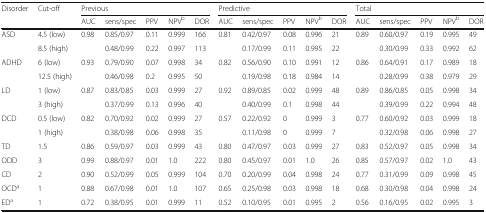
<table><thead><tr><td rowspan="2"><b>Disorder</b></td><td rowspan="2"><b>Cut-off</b></td><td colspan="5"><b>Previous</b></td><td colspan="5"><b>Predictive</b></td><td colspan="5"><b>Total</b></td></tr><tr><td><b>AUC</b></td><td><b>sens/spec</b></td><td><b>PPV</b></td><td><b>NPV<sup>b</sup></b></td><td><b>DOR</b></td><td><b>AUC</b></td><td><b>sens/spec</b></td><td><b>PPV</b></td><td><b>NPV<sup>b</sup></b></td><td><b>DOR</b></td><td><b>AUC</b></td><td><b>sens/spec</b></td><td><b>PPV</b></td><td><b>NPV<sup>b</sup></b></td><td><b>DOR</b></td></tr></thead><tbody><tr><td rowspan="2">ASD</td><td>4.5 (low)</td><td rowspan="2">0.98</td><td>0.85/0.97</td><td>0.11</td><td>0.999</td><td>166</td><td rowspan="2">0.81</td><td>0.42/0.97</td><td>0.08</td><td>0.996</td><td>21</td><td rowspan="2">0.89</td><td>0.60/0.97</td><td>0.19</td><td>0.995</td><td>49</td></tr><tr><td>8.5 (high)</td><td>0.48/0.99</td><td>0.22</td><td>0.997</td><td>113</td><td>0.17/0.99</td><td>0.11</td><td>0.995</td><td>22</td><td>0.30/0.99</td><td>0.33</td><td>0.992</td><td>62</td></tr><tr><td rowspan="2">ADHD</td><td>6 (low)</td><td rowspan="2">0.93</td><td>0.79/0.90</td><td>0.07</td><td>0.998</td><td>34</td><td rowspan="2">0.82</td><td>0.56/0.90</td><td>0.10</td><td>0.991</td><td>12</td><td rowspan="2">0.86</td><td>0.64/0.91</td><td>0.17</td><td>0.989</td><td>18</td></tr><tr><td>12.5 (high)</td><td>0.46/0.98</td><td>0.2</td><td>0.995</td><td>50</td><td>0.19/0.98</td><td>0.18</td><td>0.984</td><td>14</td><td>0.28/0.99</td><td>0.38</td><td>0.979</td><td>29</td></tr><tr><td rowspan="2">LD</td><td>1 (low)</td><td rowspan="2">0.87</td><td>0.83/0.85</td><td>0.03</td><td>0.999</td><td>27</td><td rowspan="2">0.92</td><td>0.89/0.85</td><td>0.02</td><td>0.999</td><td>48</td><td rowspan="2">0.89</td><td>0.86/0.85</td><td>0.05</td><td>0.998</td><td>34</td></tr><tr><td>3 (high)</td><td>0.37/0.99</td><td>0.13</td><td>0.996</td><td>40</td><td>0.40/0.99</td><td>0.1</td><td>0.998</td><td>44</td><td>0.39/0.99</td><td>0.22</td><td>0.994</td><td>48</td></tr><tr><td rowspan="2">DCD</td><td>0.5 (low)</td><td rowspan="2">0.82</td><td>0.70/0.92</td><td>0.02</td><td>0.999</td><td>27</td><td rowspan="2">0.57</td><td>0.22/0.92</td><td>0</td><td>0.999</td><td>3</td><td rowspan="2">0.77</td><td>0.60/0.92</td><td>0.03</td><td>0.999</td><td>18</td></tr><tr><td>1 (high)</td><td>0.38/0.98</td><td>0.06</td><td>0.998</td><td>35</td><td>0.11/0.98</td><td>0</td><td>0.999</td><td>7</td><td>0.32/0.98</td><td>0.06</td><td>0.998</td><td>27</td></tr><tr><td>TD</td><td>1.5</td><td>0.86</td><td>0.59/0.97</td><td>0.03</td><td>0.999</td><td>43</td><td>0.80</td><td>0.47/0.97</td><td>0.03</td><td>0.999</td><td>27</td><td>0.83</td><td>0.52/0.97</td><td>0.05</td><td>0.998</td><td>34</td></tr><tr><td>ODD</td><td>3</td><td>0.99</td><td>0.88/0.97</td><td>0.01</td><td>1.0</td><td>222</td><td>0.80</td><td>0.45/0.97</td><td>0.01</td><td>1.0</td><td>26</td><td>0.85</td><td>0.57/0.97</td><td>0.02</td><td>1.0</td><td>43</td></tr><tr><td>CD</td><td>2</td><td>0.90</td><td>0.52/0.99</td><td>0.05</td><td>0.999</td><td>104</td><td>0.70</td><td>0.20/0.99</td><td>0.04</td><td>0.998</td><td>24</td><td>0.77</td><td>0.31/0.99</td><td>0.09</td><td>0.998</td><td>45</td></tr><tr><td>OCD<sup>a</sup></td><td>1</td><td>0.88</td><td>0.67/0.98</td><td>0.01</td><td>1.0</td><td>107</td><td>0.65</td><td>0.25/0.98</td><td>0.03</td><td>0.998</td><td>18</td><td>0.68</td><td>0.30/0.98</td><td>0.04</td><td>0.998</td><td>24</td></tr><tr><td>ED<sup>a</sup></td><td>1</td><td>0.72</td><td>0.38/0.95</td><td>0.01</td><td>0.999</td><td>11</td><td>0.52</td><td>0.10/0.95</td><td>0.01</td><td>0.995</td><td>2</td><td>0.56</td><td>0.16/0.95</td><td>0.02</td><td>0.995</td><td>3</td></tr></tbody></table>